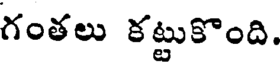
గంతలు కట్టుకొంది.